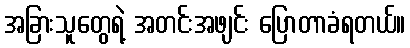
အခြားသူတွေရဲ့ အတင်းအဖျင်း ပြောတာခံရတယ်။